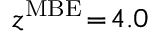
z ^ { \mathrm { M B E } } \! = \! 4 . 0